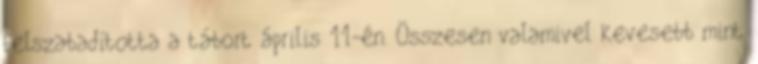
felszabadította a tábort április 11-én. Összesen valamivel kevesebb mint